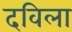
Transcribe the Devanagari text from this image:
दविला